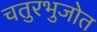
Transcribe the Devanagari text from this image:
चतुरभुजोत